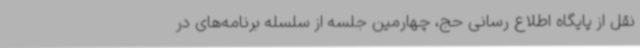
نقل از پایگاه اطلاع رسانی حج، چهارمین جلسه از سلسله برنامه‌های در